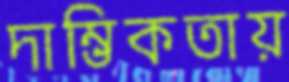
দাম্ভিকতায়